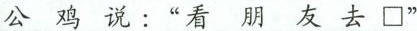
公鸡说：”看朋友去□”